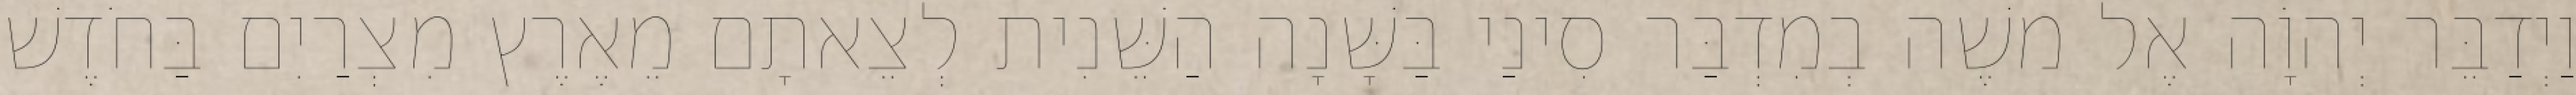
וַיְדַבֵּר יְהוָֹה אֶל משֶׁה בְמִדְבַּר סִינַי בַּשָּׁנָה הַשֵּׁנִית לְצֵאתָם מֵאֶרֶץ מִצְרַיִם בַּחֹדֶשׁ